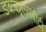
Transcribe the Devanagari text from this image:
डब्ल्यूएनबीटी